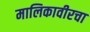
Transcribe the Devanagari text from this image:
मालिकावीरचा